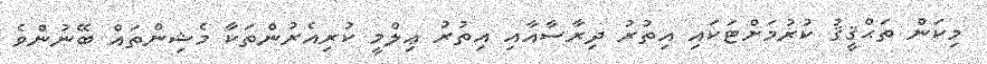
މިކަން ތަޙްޤީޤު ކުރުމަށްޓަކައި އިތުރު ދިރާސާއާއި އިތުރު ޢިލްމީ ކުރިއެރުންތަކާ މެޝިންތައް ބޭނުންވެ